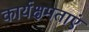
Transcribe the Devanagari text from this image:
कार्यक्षमताएं